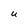
Character: U